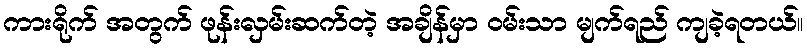
ကားရိုက် အတွက် ဖုန်းလှမ်းဆက်တဲ့ အချိန်မှာ ဝမ်းသာ မျက်ရည် ကျခဲ့ရတယ်။